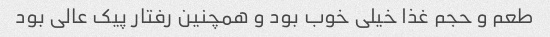
طعم و حجم غذا خیلی خوب بود و همچنین رفتار پیک عالی بود